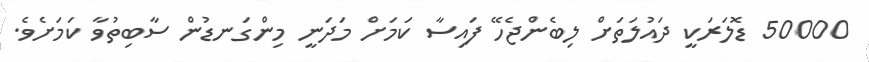
50000 ޑޮލަރަކީ ދައުލަތަށް ލިބެންޖެހޭ ފައިސާ ކަމަށް މަދަނީ މިންގަނޑުން ސާބިތުވާ ކަމަށެވެ.